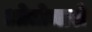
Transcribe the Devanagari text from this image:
ओतोमारो